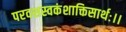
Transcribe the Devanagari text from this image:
परवशस्वकंशाक्तिसार्थः।।